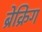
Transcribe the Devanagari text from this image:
ब्रेक्रिंग